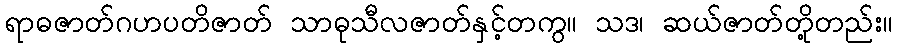
ရာဓဇာတ်ဂဟပတိဇာတ် သာဓုသီလဇာတ်နှင့်တကွ။ သဒ၊ ဆယ်ဇာတ်တို့တည်း။